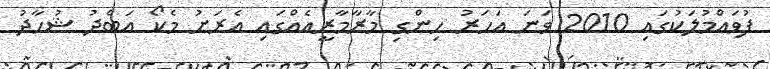
ފުވައްމުލަކުގައި 2010 ވަނަ އަހަރު ހިންގި މާރާމާރީއެއްގައި އެރަށު މެކޯ އަބްދު ޝުހާދު